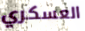
العسكري